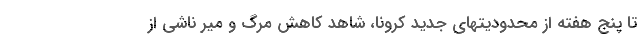
تا پنج هفته از محدودیتهای جدید کرونا، شاهد کاهش مرگ و میر ناشی از